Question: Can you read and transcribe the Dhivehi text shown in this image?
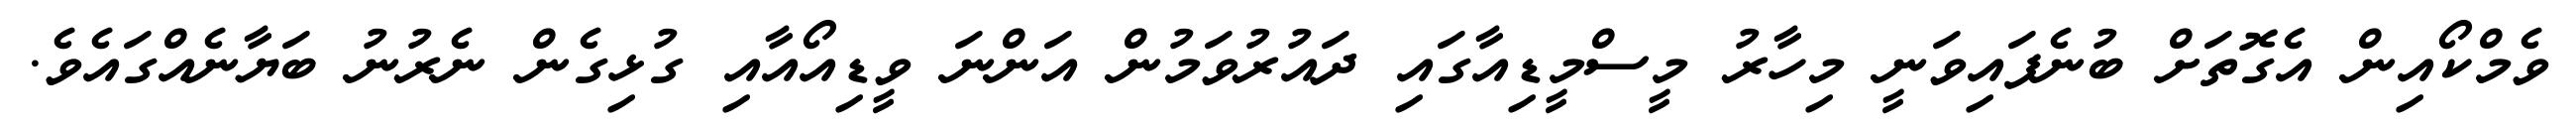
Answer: ވެމްކޯއިން އެގޮތަށް ބުނެފައިވަނީ މިހާރު މީސްމީޑިއާގައި ދައުރުވަމުން އަންނަ ވީޑިއޯއާއި ގުޅިގެން ނެރުނު ބަޔާނެއްގައެވެ.